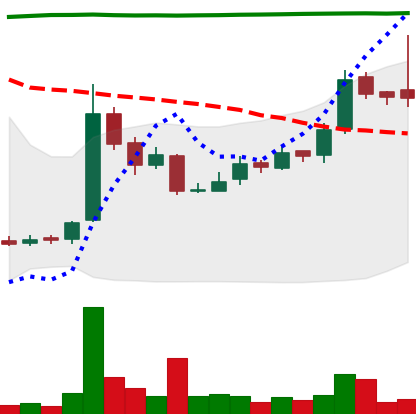
Ticker: LTC-USD
Chart end date: 2016-09-07
Forward return: -3.695%
Label: down_3_5